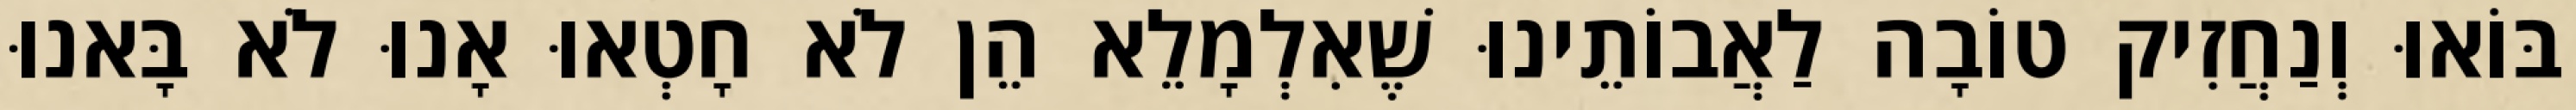
בּוֹאוּ וְנַחֲזִיק טוֹבָה לַאֲבוֹתֵינוּ שֶׁאִלְמָלֵא הֵן לֹא חָטְאוּ אָנוּ לֹא בָּאנוּ